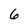
Character: 6